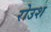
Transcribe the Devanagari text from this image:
रोउश